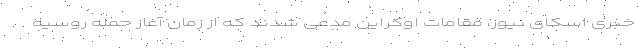
خبری اسکای نیوز، مقامات اوکراین مدعی شدند که از زمان آغاز حمله روسیه